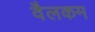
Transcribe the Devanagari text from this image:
वैलकम